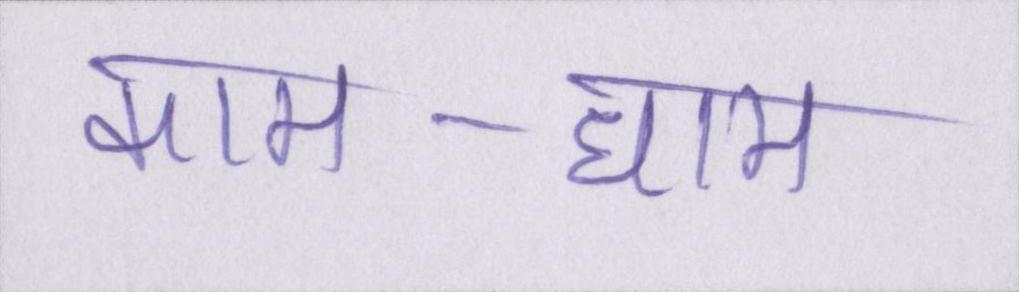
काम-धाम